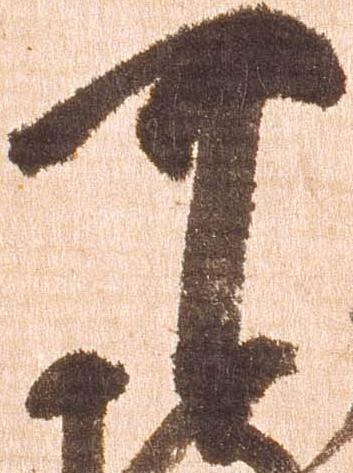
可